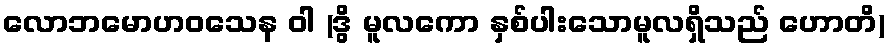
လောဘမောဟဝသေန ဝါ (ဒွိ မူလကော နှစ်ပါးသောမူလရှိသည် ဟောတိ)